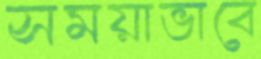
সময়াভাবে